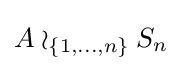
A\wr _{\{1,\dots ,n\}}S_{n}